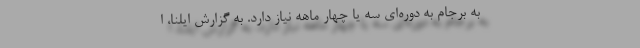
به برجام به دوره‌ای سه یا چهار‌ ماهه نیاز دارد. به گزارش ایلنا، ا